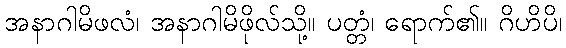
အနာဂါမိဖလံ၊ အနာဂါမိဖိုလ်သို့။ ပတ္တံ၊ ရောက်၏။ ဂိဟိပိ၊